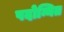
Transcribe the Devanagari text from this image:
पदोन्नित